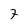
Character: 7